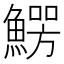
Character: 𩺑